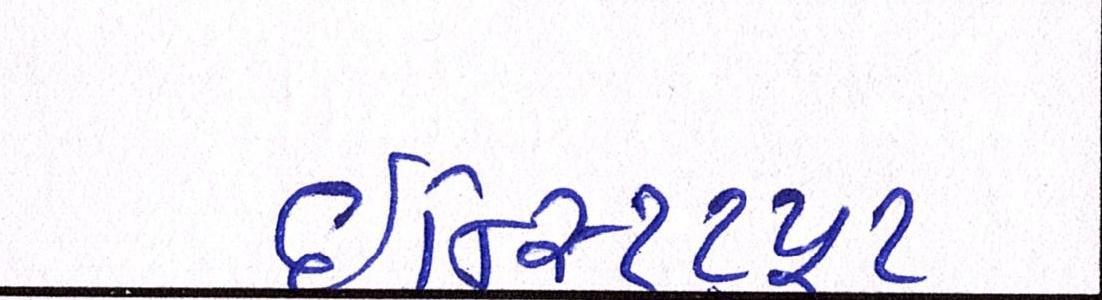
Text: ઇન્સ્ટિટ્યૂટ